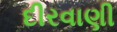
દીરવાણી